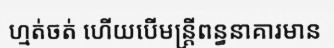
ហ្មត់ចត់ ហើយបើមន្ត្រីពន្ធនាគារមាន